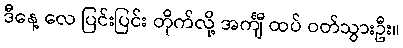
ဒီနေ့ လေ ပြင်းပြင်း တိုက်လို့ အင်္ကျီ ထပ် ဝတ်သွားဦး။